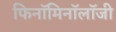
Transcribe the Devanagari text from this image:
फिनॉमिनॉलॉजी